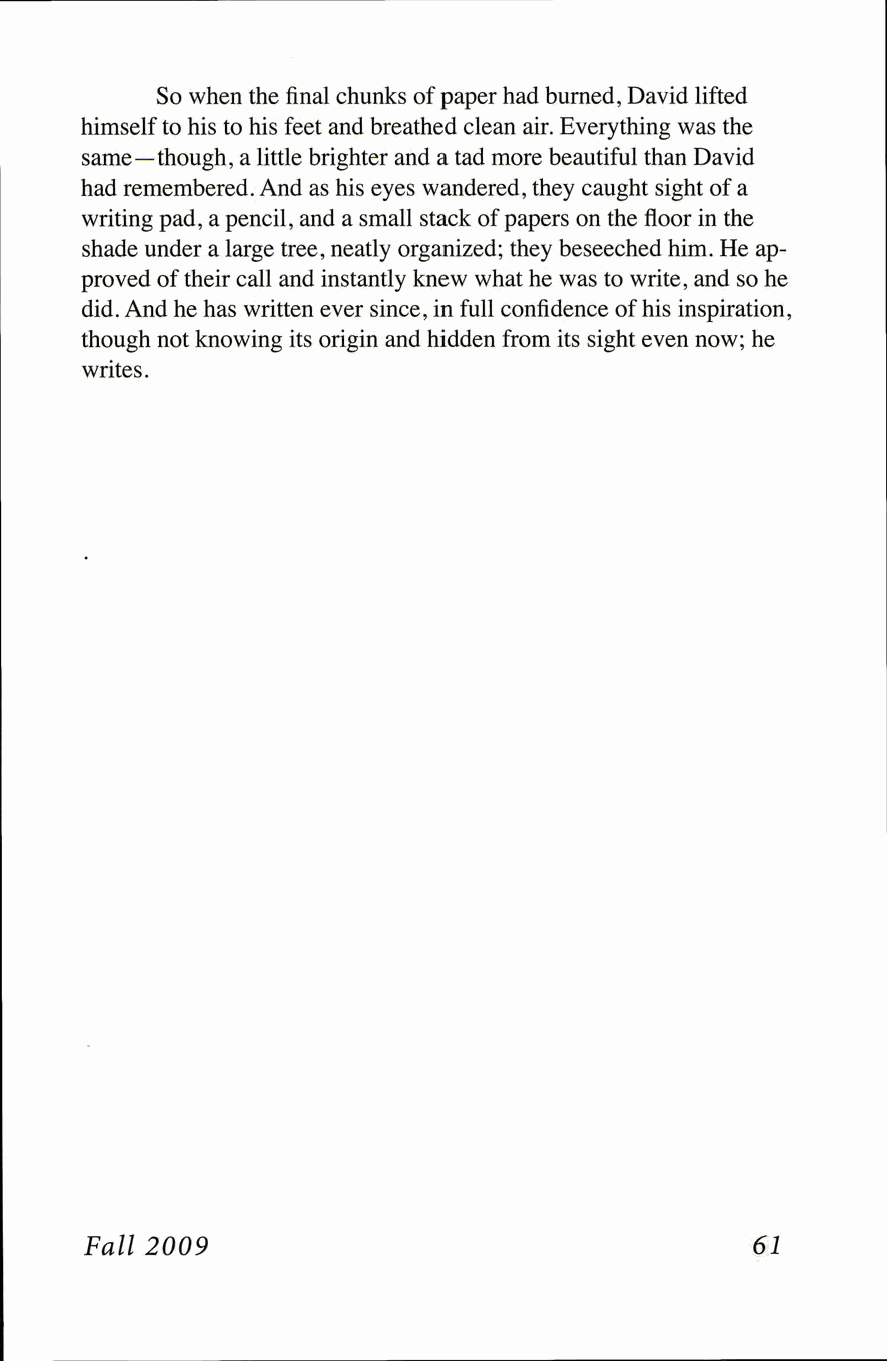
So when the final chunks of paper had burned, David lifted
 himself to his to his feet and breathed clean air. Everything was the
 same—though, a little brighter and a tad more beautiful than David
 had remembered. And as his eyes wandered, they caught sight of a
 writing pad, a pencil, and a small stack of papers on the floor in the
 shade under a large tree, neatly organized; they beseeched him. He ap­
 proved of their call and instantly knew what he was to write, and so he
 did. And he has written ever since, in full confidence of his inspiration,
 though not knowing its origin and hidden from its sight even now; he
 writes.
 Fall 2009                                   61